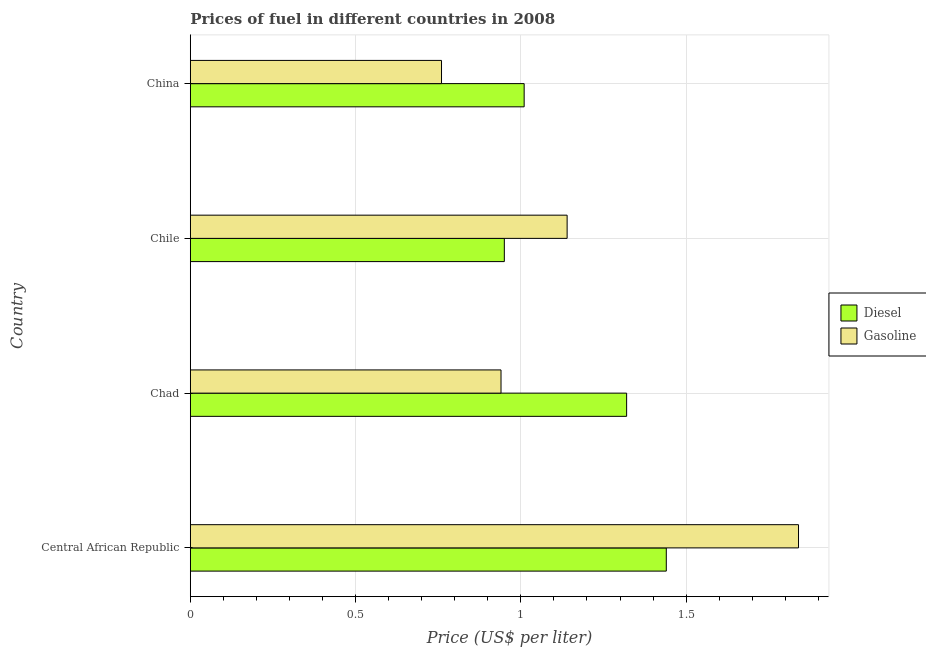
| Country | Diesel | Gasoline |
 | --- | --- | --- |
 | Central African Republic | 1.44 | 1.84 |
 | Chad | 1.32 | 0.94 |
 | Chile | 0.95 | 1.14 |
 | China | 1.01 | 0.76 |